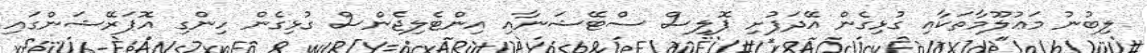
ލިބުނު މަޢުލޫމާތަކާއި ގުޅިގެން އޭދަފުށި ޕޮލިސް ސްޓޭޝަނާއި އިންޓެލިޖެންސް ގުޅިގެން ހިންގި އޮޕަރޭޝަންގައި